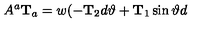
A ^ { a } \mathrm { \bf T } _ { a } = w ( - { \bf T } _ { 2 } d \vartheta + { \bf T } _ { 1 } \sin \vartheta d